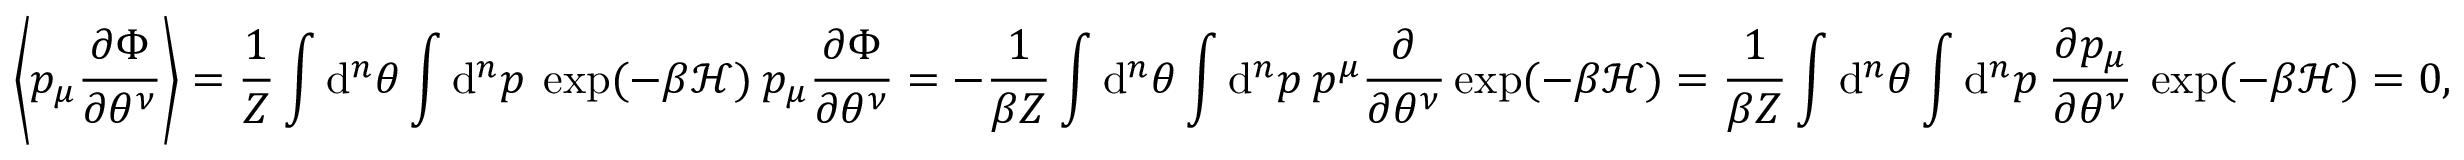
\left\langle p _ { \mu } \frac { \partial \Phi } { \partial \theta ^ { \nu } } \right\rangle = \frac { 1 } { Z } \int \mathrm { d } ^ { n } \theta \int \mathrm { d } ^ { n } p \: \exp ( - \beta \mathcal { H } ) \: p _ { \mu } \frac { \partial \Phi } { \partial \theta ^ { \nu } } = - \frac { 1 } { \beta Z } \int \mathrm { d } ^ { n } \theta \int \mathrm { d } ^ { n } p \: p ^ { \mu } \frac { \partial } { \partial \theta ^ { \nu } } \exp ( - \beta \mathcal { H } ) = \frac { 1 } { \beta Z } \int \mathrm { d } ^ { n } \theta \int \mathrm { d } ^ { n } p \: \frac { \partial p _ { \mu } } { \partial \theta ^ { \nu } } \: \exp ( - \beta \mathcal { H } ) = 0 ,